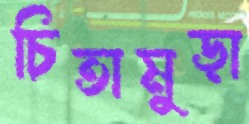
চিতামুড়া